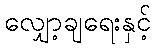
လျှော့ချရေးနှင့်